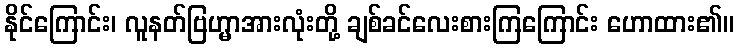
နိုင်ကြောင်း၊ လူနတ်ဗြဟ္မာအားလုံးတို့ ချစ်ခင်လေးစားကြကြောင်း ဟောထား၏။